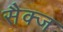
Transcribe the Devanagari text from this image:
सैक्ज